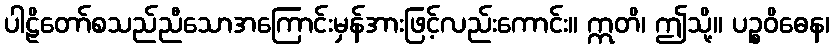
ပါဠိတော်စသည်ညီသောအကြောင်းမှန်အားဖြင့်လည်းကောင်း။ ဣတိ၊ ဤသို့။ ပဉ္စဝိဓေန၊